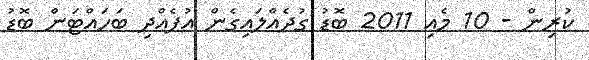
ކުރިން - 10 މެއި 2011 ބޮޑު ގުދެއްލައިގެން އުފެއްދި ބަހައްޓަން ބޮޑު